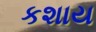
કશાય